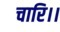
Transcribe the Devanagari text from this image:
चारि।।